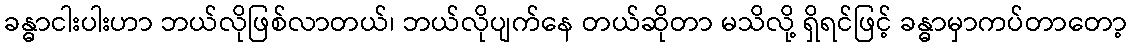
ခန္ဓာငါးပါးဟာ ဘယ်လိုဖြစ်လာတယ်၊ ဘယ်လိုပျက်နေ တယ်ဆိုတာ မသိလို့ ရှိရင်ဖြင့် ခန္ဓာမှာကပ်တာတော့